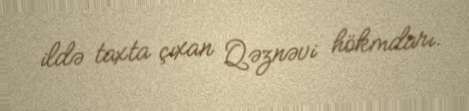
ildə taxta çıxan Qəznəvi hökmdarı.